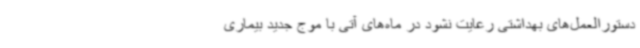
دستورالعمل‌های بهداشتی رعایت نشود در ماه‌های آتی با موج جدید بیماری